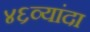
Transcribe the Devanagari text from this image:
४६व्यांदा